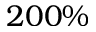
2 0 0 \%